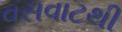
વસવાટથી